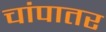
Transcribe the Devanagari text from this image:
चांपातर